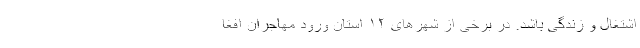
اشتغال و زندگی باشد. در برخی از شهرهای ۱۲ استان ورود مهاجران افغا